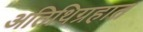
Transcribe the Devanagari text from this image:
अतिथिग्रहात